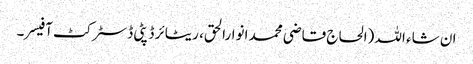
ان شاء اللہ (الحاج قاضی محمد انوارالحق، ریٹائر ڈپٹی ڈسٹرکٹ آفیسر۔